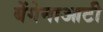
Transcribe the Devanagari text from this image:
बेंगेनाआटी